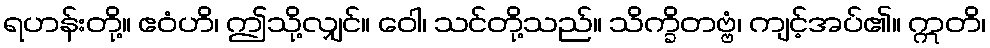
ရဟန်းတို့။ ဧဝံဟိ၊ ဤသို့လျှင်။ ဝေါ၊ သင်တို့သည်။ သိက္ခိတဗ္ဗံ၊ ကျင့်အပ်၏။ ဣတိ၊